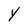
Character: y